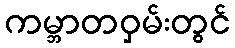
ကမ္ဘာတဝှမ်းတွင်